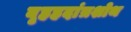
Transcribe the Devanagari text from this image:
बृहहदांत्रशोथ